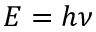
E = h \nu